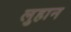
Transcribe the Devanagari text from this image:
लुहान